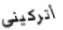
أتركيني